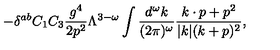
- \delta ^ { a b } C _ { 1 } C _ { 3 } { \frac { g ^ { 4 } } { 2 p ^ { 2 } } } \Lambda ^ { 3 - \omega } \int { \frac { d ^ { \omega } k } { ( 2 \pi ) ^ { \omega } } } { \frac { k \cdot p + p ^ { 2 } } { | k | ( k + p ) ^ { 2 } } } ,